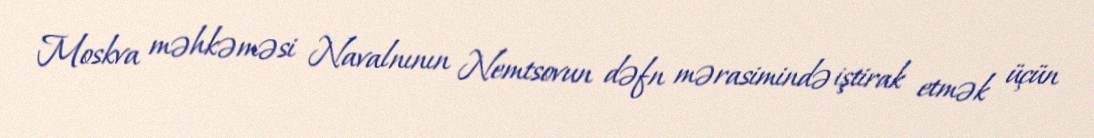
Moskva məhkəməsi Navalnının Nemtsovun dəfn mərasimində iştirak etmək üçün